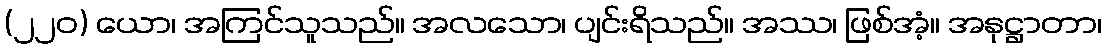
(၂၂၀) ယော၊ အကြင်သူသည်။ အလသော၊ ပျင်းရိသည်။ အဿ၊ ဖြစ်အံ့။ အနုဋ္ဌာတာ၊